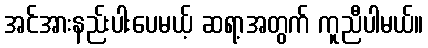
အင်အားနည်းပါးပေမယ့် ဆရာ့အတွက် ကူညီပါမယ်။